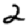
Digit: 2